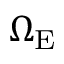
\Omega _ { \mathrm { E } }